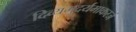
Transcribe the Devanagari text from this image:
दिव्यमुदर्यमाकरजं